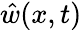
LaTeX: \hat{w}(x,t)